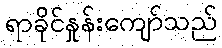
ရာခိုင်နှုန်းကျော်သည်